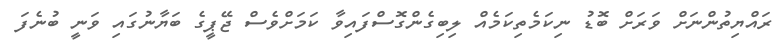
ރައްޔިތުންނަށް ވަރަށް ބޮޑު ނިކަމެތިކަމެއް ލިބިގެންގޮސްފައިވާ ކަމަށްވެސް ޖޭޕީގެ ބަޔާނުގައި ވަނީ ބުނެފަ